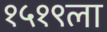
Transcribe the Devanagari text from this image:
१५१९ला